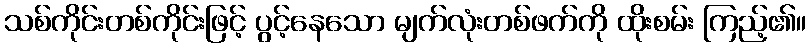
သစ်ကိုင်းတစ်ကိုင်းဖြင့် ပွင့်နေသော မျက်လုံးတစ်ဖက်ကို ထိုးစမ်း ကြည့်၏။